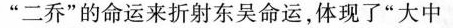
”二乔”的命运来折射东吴命运，体现了”大中